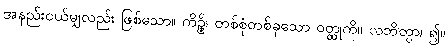
အနည်းငယ်မျှလည်း ဖြစ်သော။ ကိဉ္စိ၊ တစ်စုံတစ်ခုသော ဝတ္ထုကို။ လဘိတွာ၊ ၍။